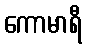
ကောမာရီ